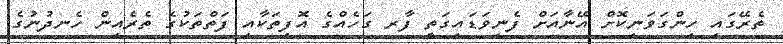
ތެރޭގައި ހިންގަވަނިކޮށް އޭނާއަށް ފެނިވަޑައިގަތީ ފާރ ގަހެއްގެ އޮފިތަކާއި ފަތްތަކުގެ ތެރެއިން ހެނދުނުގެ